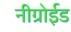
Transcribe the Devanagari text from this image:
नीग्रोईड